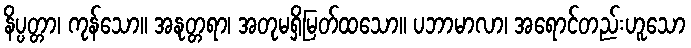
နိပ္ပတ္တာ၊ ကုန်သော။ အနုတ္တရာ၊ အတုမရှိမြတ်ထသော။ ပဘာမာလာ၊ အရောင်တည်းဟူသော